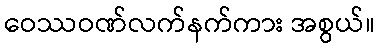
ဝေဿဝဏ်လက်နက်ကား အစွယ်။